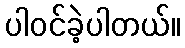
ပါဝင်ခဲ့ပါတယ်။